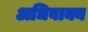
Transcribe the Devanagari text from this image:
अधिवाक्य